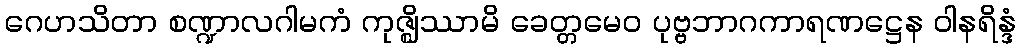
ဂေဟသိတာ စဏ္ဍာလဂါမကံ ကုဇ္ဈိဿာမိ ခေတ္တမေဝ ပုဗ္ဗဘာဂကာရဏဋ္ဌေန ဝါနရိန္ဒံ